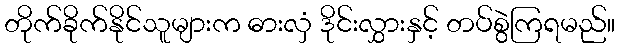
တိုက်ခိုက်နိုင်သူများက ဓားလှံ ဒိုင်းလွှားနှင့် တပ်စွဲကြရမည်။